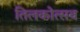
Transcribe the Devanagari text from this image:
तिलकोत्सव